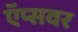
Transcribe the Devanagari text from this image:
ऍप्सवर